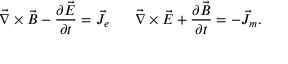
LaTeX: \vec { \nabla } \times \vec { B } - { \frac { \partial \vec { E } } { \partial t } } = \vec { J } _ { e } ~ ~ ~ ~ ~ \vec { \nabla } \times \vec { E } + { \frac { \partial \vec { B } } { \partial t } } = - \vec { J } _ { m } .